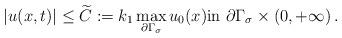
LaTeX: \begin{align*}|u(x,t)| \leq \widetilde C :=k_1 \max_{\partial \Gamma_\sigma} u_0(x) \mbox{in } \partial \Gamma_\sigma \times (0,+\infty)\,.\end{align*}